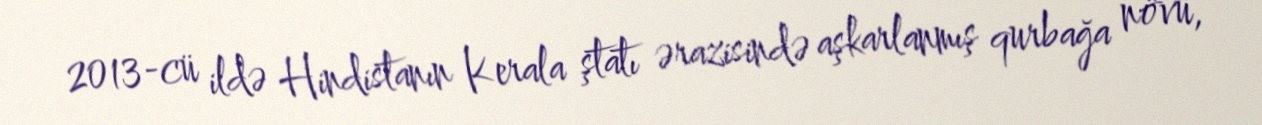
2013-cü ildə Hindistanın Kerala ştatı ərazisində aşkarlanmış qurbağa növü,